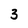
Character: 3